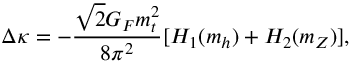
\Delta \kappa = - \frac { \sqrt { 2 } G _ { F } m _ { t } ^ { 2 } } { 8 \pi ^ { 2 } } [ H _ { 1 } ( m _ { h } ) + H _ { 2 } ( m _ { Z } ) ] ,